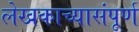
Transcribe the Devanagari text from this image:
लेखकाच्यासंपूर्ण